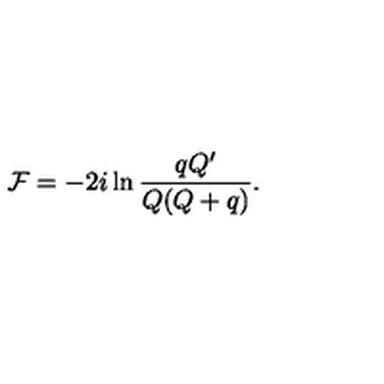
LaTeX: { \cal F } = - 2 i \ln \frac { q Q ^ { \prime } } { Q ( Q + q ) } .